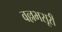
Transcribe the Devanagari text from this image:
वल्लभसूरी